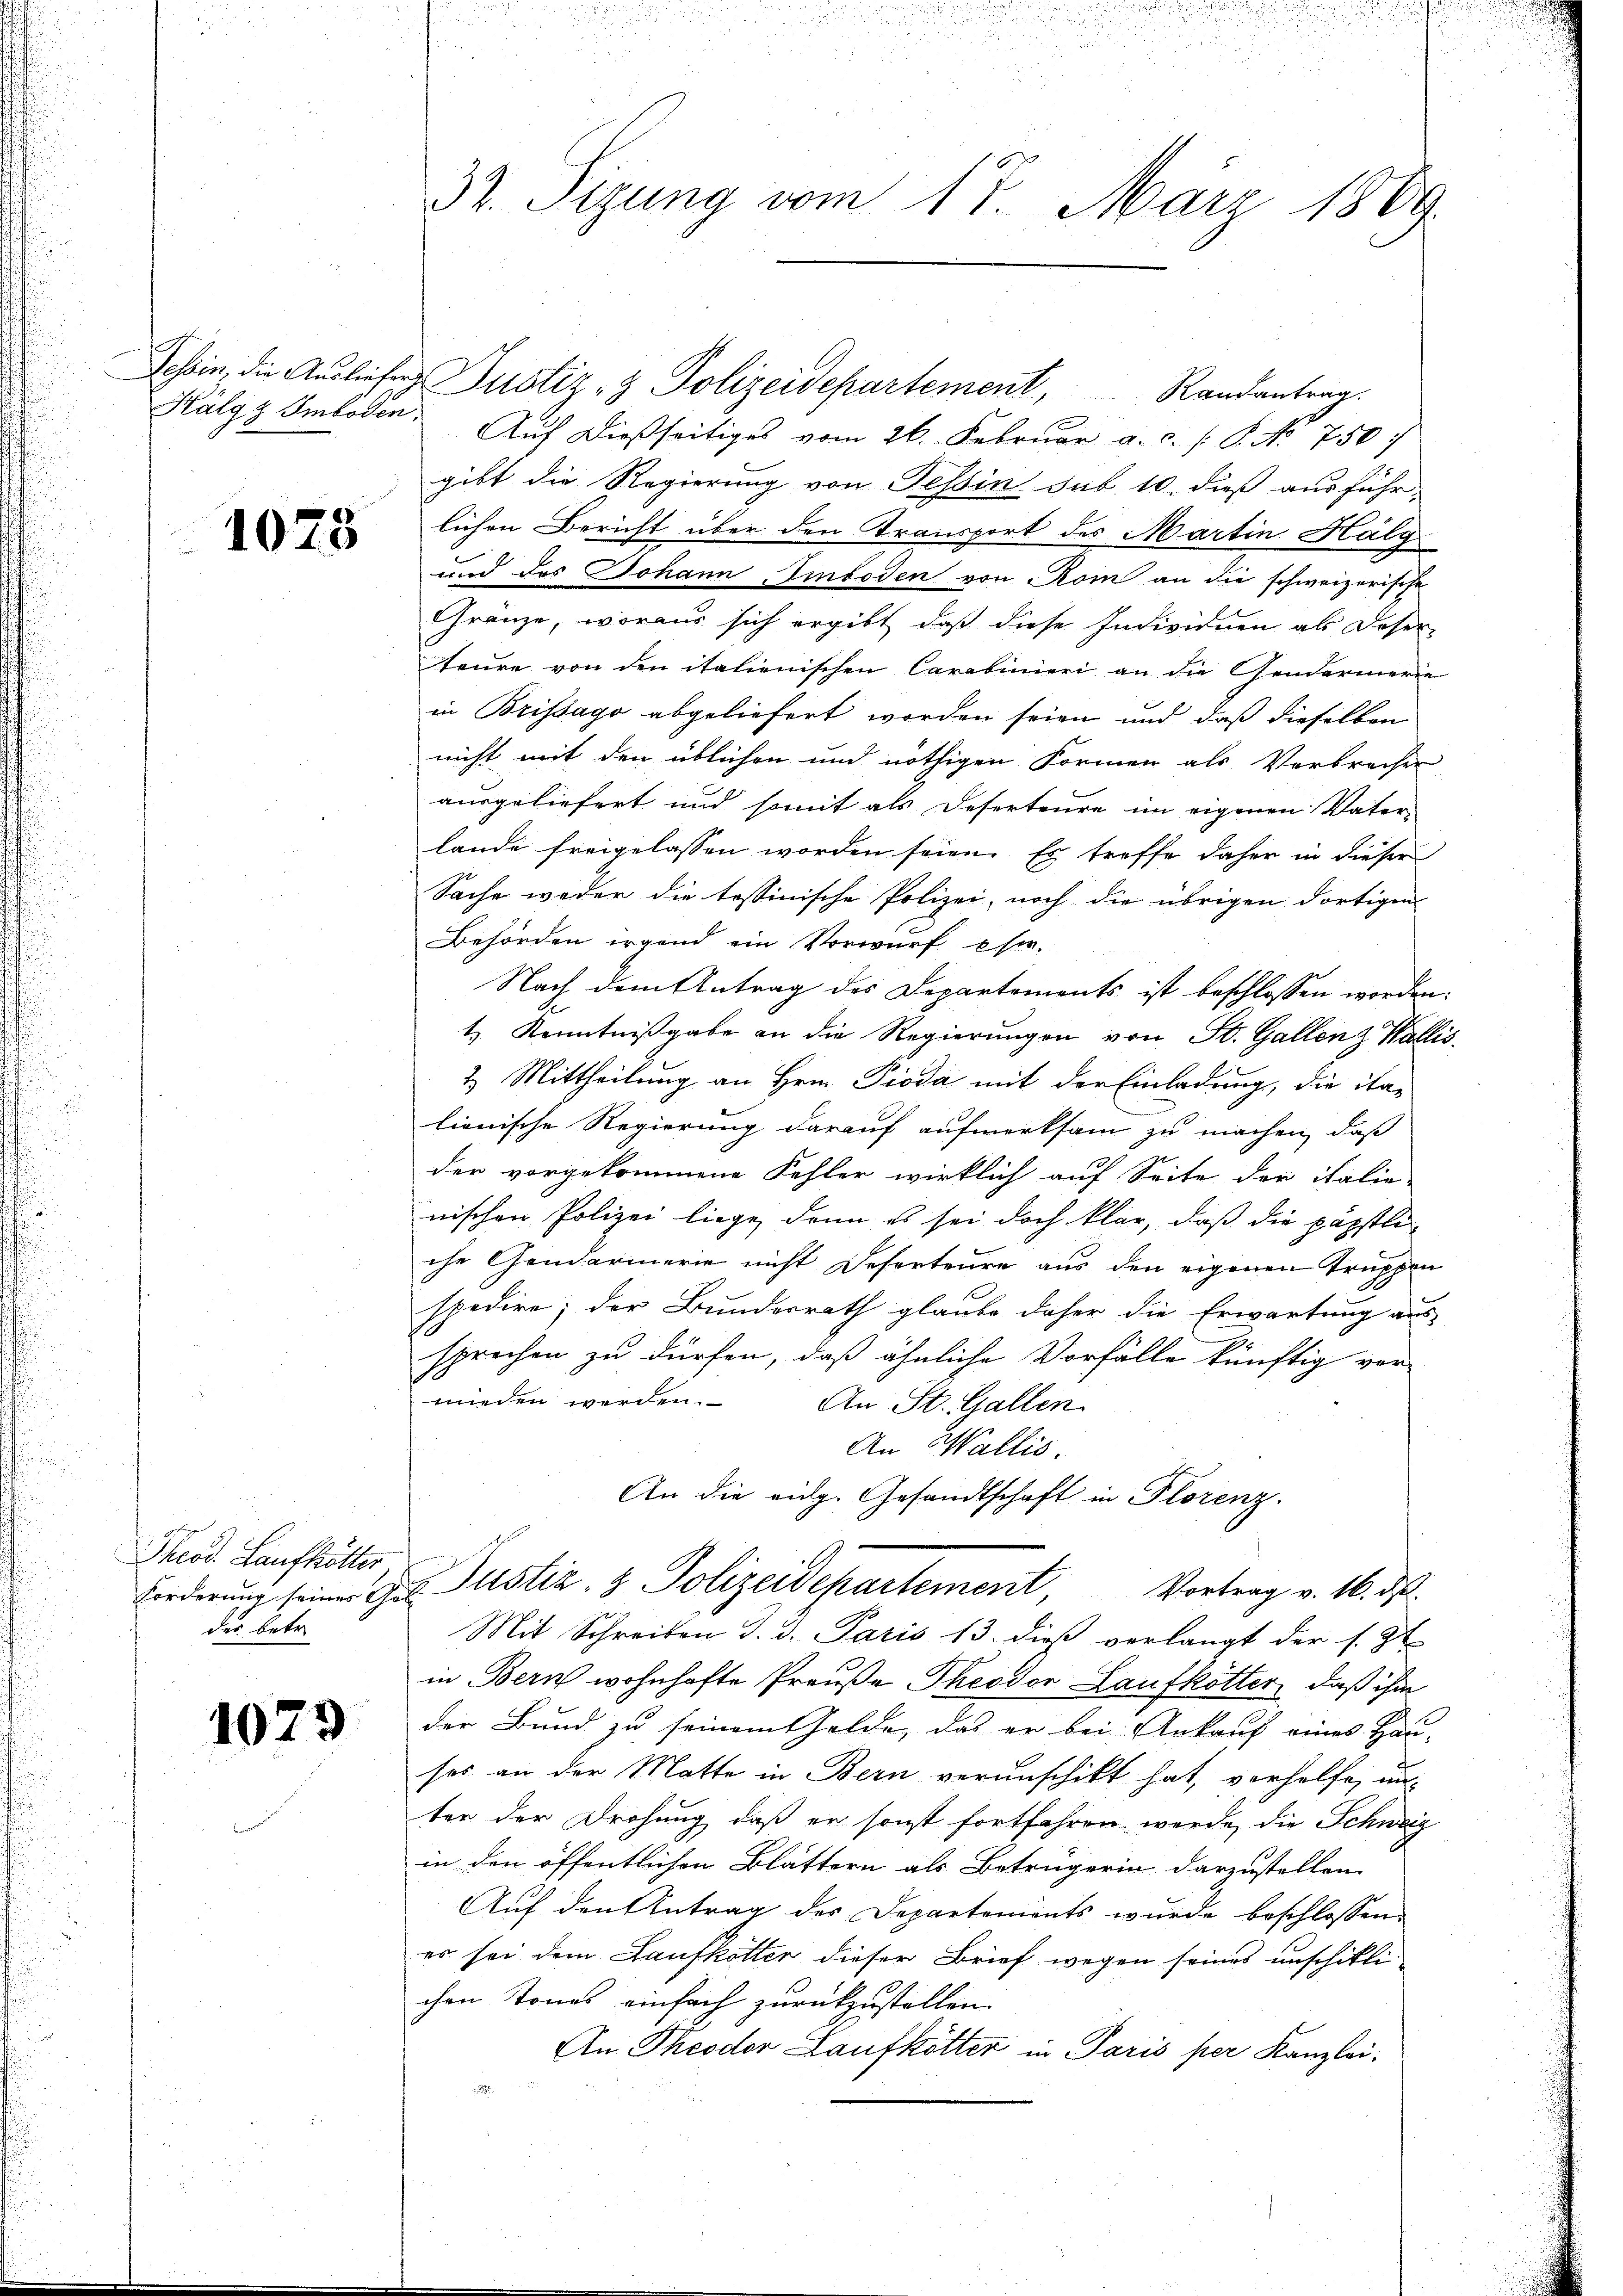
1073

Theod. Laufkötter
des betr.

1079.

u
32. Sizung vom 17. März 1809.

Tessin, die Ausliefer Justiz- & Polizeidepartement, Randantrag.
Kályz Smböden Auf dießseitiges vom 26. Februar a. c. s. S. No 750
gibt die Regierung von Tessin sub. 10. dieß ausführ-
lichen Bericht über den Transport des Martin Halg
und des Johann Einboden von Rom an die schweizerische
Gränze, woraus sich ergibt, daß diese Individuen als Deser-
teure von den italienischen Carabinieri an die Gendarmerie
in Brissago abgeliefert worden seien und daß dieselben
nicht mit den üblichen und nöthigen Formen als Vorbrachen
ausgeliefert und somit als Deserteure im eigenen Vater-
lande freigelassen worden seien. Es treffe daher in dieser
Sache weder die tessinische Polizei, noch die übrigen dortigen
Behörden irgend ein Vorwurf eser
Nach dem Antrag des Departements ist beschlossen worden.
1.) Kenntnißgabe an die Regierungen von St. Gallen & Wallis.
2. Mittheilung an Hrn. Pioda mit der Einladung, die ita-
lionische Regierung darauf aufmerksam zu machen, daß
der vorgekommene Kehler wirklich auf Seite der italie
nischen Polizei liege, dann es sei doch klar, daß die päpstli
che Gendarmerie nicht Deserteure aus den eigenen Truppen
spedire; der Bundesrath glaube daher die Erwartung aus
sprechen zu dürfen, daß ähnliche Vorfälle künftig ver-
mirden worden. An St. Gallen
An Wallis.
An die eidg. Gesandtschaft in Florenz.
Forderung seiner des Justiz- & Polizeidepartement, Vortrag v. 16. d.
Mit Schreiben d. d. Paris 13. dieß verlangt der s. Zt
in Bern wohnhafte Preuße Theodor Laufkötter, daß ihm
der Bund zu seinem Gelde, das er bei Ankauf eines Hau-
ses an der Matte in Bern verunschikt hat, vorhelfe, un
ter der Drohung, daß er sonst fortfahren werde, die Schweiz
in den öffentlichen Blättern als Betrugerin darzustellen
Auf den Antrag des Departements wurde beschlossen.
es sei dem Laufkötter dieser Brief wegen seines unschiklichen Stones einfach zurückzustellen.
An Theodor Laufkötter in Paris per Kanzlei-